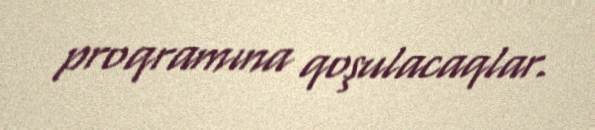
proqramına qoşulacaqlar.